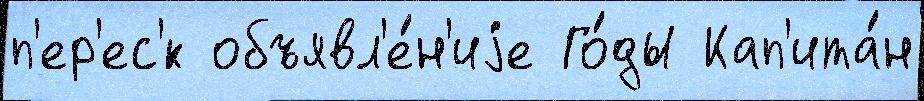
п'ер'ес'́к объявл'е́н'иjе Го́ды Кап'ита́н